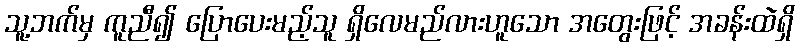
သူ့ဘက်မှ ကူညီ၍ ပြောပေးမည့်သူ ရှိလေမည်လားဟူသော အတွေးဖြင့် အခန်းထဲရှိ